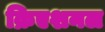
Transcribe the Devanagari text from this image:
क्रिएशनल